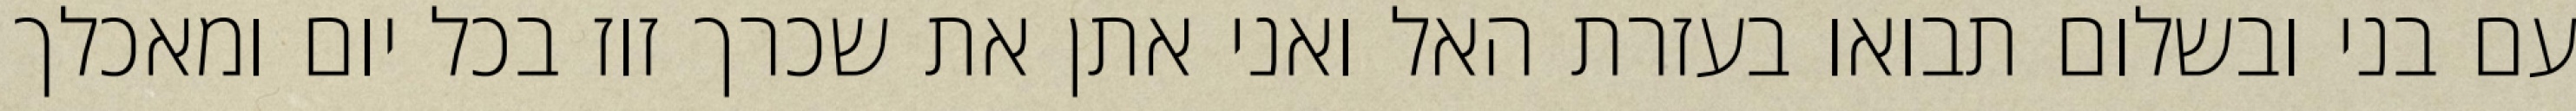
עם בני ובשלום תבואו בעזרת האל ואני אתן את שכרך זוז בכל יום ומאכלך